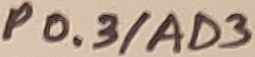
Text: P0.3/AD3